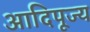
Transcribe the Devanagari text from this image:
आदिपूज्य